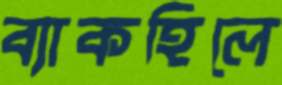
ব্যাকহিলে